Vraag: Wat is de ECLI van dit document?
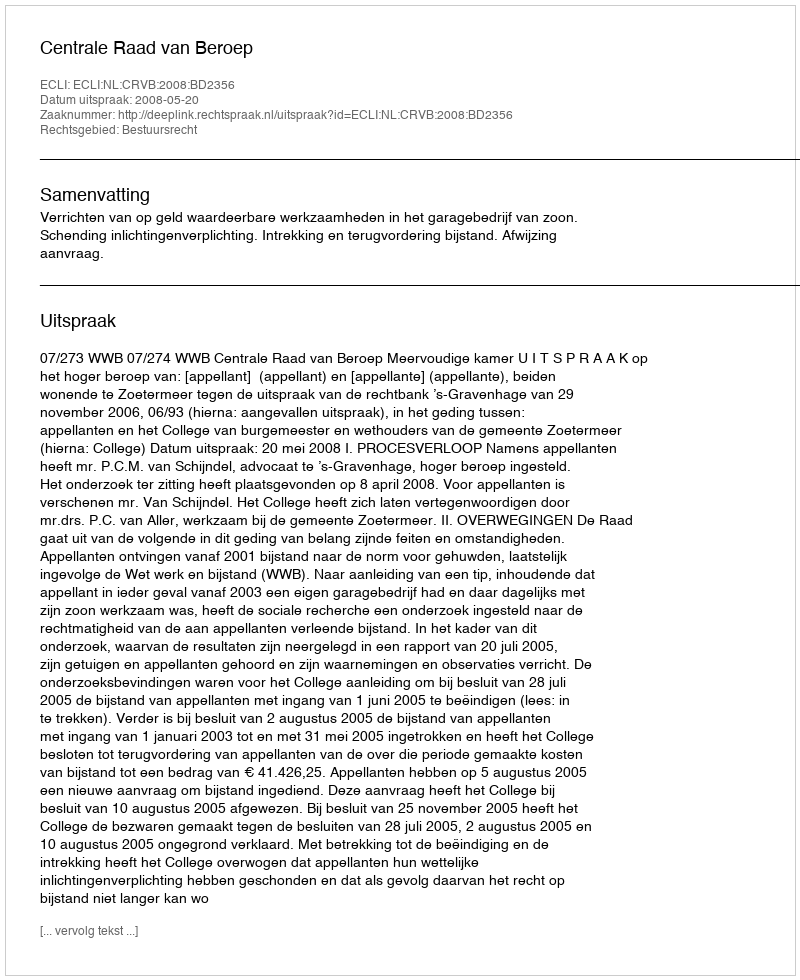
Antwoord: ECLI:NL:CRVB:2008:BD2356